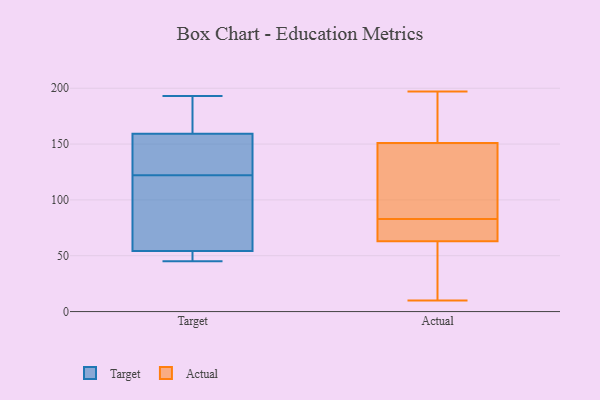
{"axis": {"x": "Shipments", "y": "Value"}, "legend": ["Actual", "Target"], "data": [{"x": "", "y": 47, "type": "Target"}, {"x": "", "y": 138, "type": "Target"}, {"x": "", "y": 122, "type": "Target"}, {"x": "", "y": 45, "type": "Target"}, {"x": "", "y": 124, "type": "Target"}, {"x": "", "y": 100, "type": "Target"}, {"x": "", "y": 56, "type": "Target"}, {"x": "", "y": 193, "type": "Target"}, {"x": "", "y": 155, "type": "Target"}, {"x": "", "y": 49, "type": "Target"}, {"x": "", "y": 172, "type": "Target"}, {"x": "", "y": 108, "type": "Target"}, {"x": "", "y": 180, "type": "Target"}, {"x": "", "y": 197, "type": "Actual"}, {"x": "", "y": 73, "type": "Actual"}, {"x": "", "y": 196, "type": "Actual"}, {"x": "", "y": 141, "type": "Actual"}, {"x": "", "y": 63, "type": "Actual"}, {"x": "", "y": 124, "type": "Actual"}, {"x": "", "y": 133, "type": "Actual"}, {"x": "", "y": 151, "type": "Actual"}, {"x": "", "y": 78, "type": "Actual"}, {"x": "", "y": 59, "type": "Actual"}, {"x": "", "y": 50, "type": "Actual"}, {"x": "", "y": 79, "type": "Actual"}, {"x": "", "y": 40, "type": "Actual"}, {"x": "", "y": 10, "type": "Actual"}, {"x": "", "y": 87, "type": "Actual"}, {"x": "", "y": 178, "type": "Actual"}, {"x": "", "y": 173, "type": "Actual"}, {"x": "", "y": 67, "type": "Actual"}]}